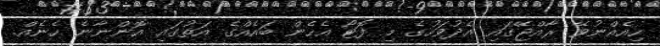
ހިއެއްނުވޭ ރާއްޖޭގައި އެދުވަހުގެ މި ފޮޓޯ އެހެން ބައެއްގެ އަތުގައި އޮންނާނެ ހެނެއް.